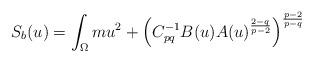
LaTeX: \begin{align*}S_b(u)=\int_{\Omega} mu^2+\left(C_{pq}^{-1} B(u)A(u)^{\frac{2-q}{p-2}}\right)^{\frac{p-2}{p-q}}\end{align*}